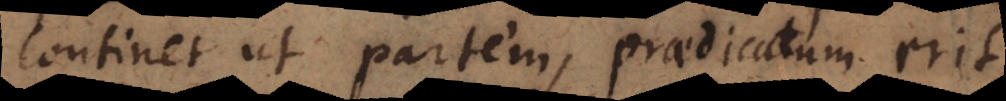
continet ut partem, praedicatum erit